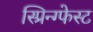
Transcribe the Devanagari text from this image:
स्प्रिन्ग्फेस्ट